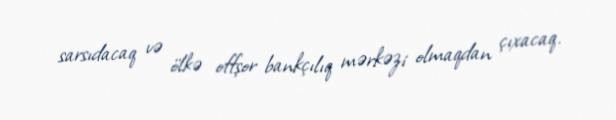
sarsıdacaq və ölkə offşor bankçılıq mərkəzi olmaqdan çıxacaq.